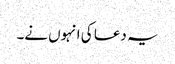
یہ دعا کی انہوں نے۔